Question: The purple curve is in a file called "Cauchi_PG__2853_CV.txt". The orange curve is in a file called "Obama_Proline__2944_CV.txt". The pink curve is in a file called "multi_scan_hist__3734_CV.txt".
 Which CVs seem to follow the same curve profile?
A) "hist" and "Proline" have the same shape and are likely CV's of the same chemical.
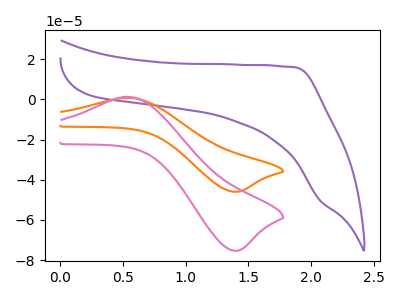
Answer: <think>The purple curve "PG" has no peaks. The orange curve "Proline" has an anodic peak at (0.50V, 0.75uA) and a cathodic peak at (1.40V, -46.05uA). The pink curve "hist" has an anodic peak at (0.50V, 1.25uA) and a cathodic peak at (1.40V, -75.35uA).
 "PG" and "Proline" have a different number of peaks. "PG" and "hist" have a different number of peaks. All the peaks in "Proline" have a peak in "hist" at the same potential. Every peak in "Proline" is lower than every peak in "hist".</think>
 <answer>A) "hist" and "Proline" have the same shape and are likely CV's of the same chemical.</answer>
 <eval>A</eval>